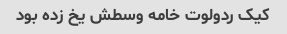
کیک ردولوت خامه وسطش یخ زده بود